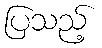
ပြသည့်